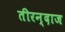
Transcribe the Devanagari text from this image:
तीरन्दाज